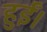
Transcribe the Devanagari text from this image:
हुर्ईं।